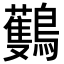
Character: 𪇡